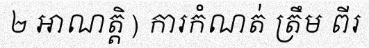
២ អាណត្តិ ) ការកំណត់ ត្រឹម ពីរ